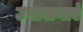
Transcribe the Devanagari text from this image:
उपासनाएं